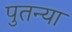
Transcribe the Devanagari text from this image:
पुतन्या